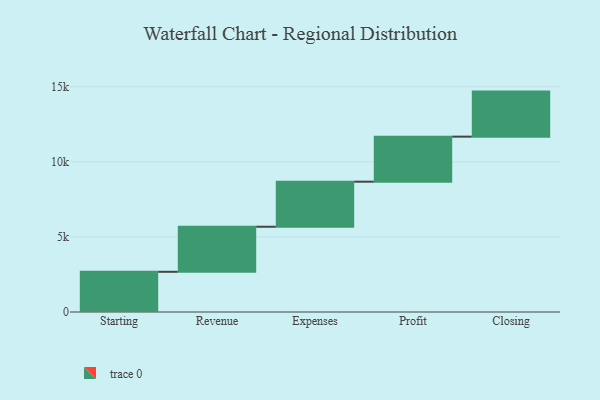
{"axis": {"x": "Step", "y": "Value"}, "legend": [""], "data": [{"x": "Starting", "y": 2678.0, "type": ""}, {"x": "Revenue", "y": 3000, "type": ""}, {"x": "Expenses", "y": 3000, "type": ""}, {"x": "Profit", "y": 3000, "type": ""}, {"x": "Closing", "y": 3000, "type": ""}]}